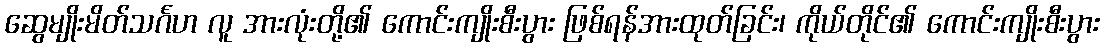
ဆွေမျိုးမိတ်သင်္ဂဟ လူ အားလုံးတို့၏ ကောင်းကျိုးစီးပွား ဖြစ်ရန်အားထုတ်ခြင်း၊ ကိုယ်တိုင်၏ ကောင်းကျိုးစီးပွား